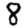
Digit: 8